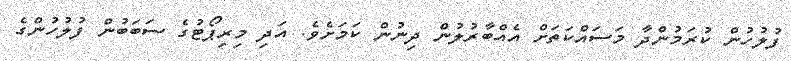
ފުލުހުން ކުރަމުންދާ މަސައްކަތަށް އެއްބާރުލުން ދިނުން ކަމަށެވެ. އަދި މިރިޕޯޓުގެ ސަބަބުން ފުލުހުންގެ